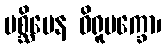
ပစ္ဆိမေန ဝိရူပက္ခော၊